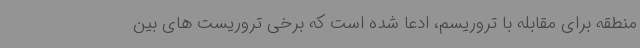
منطقه برای مقابله با تروریسم، ادعا شده است که برخی تروریست های بین